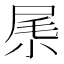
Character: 𡱵